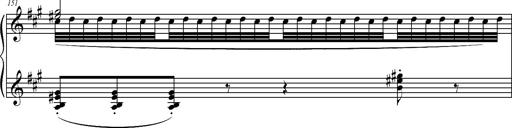
Title: 2 LÃ©gendes
Composer: Franz Liszt